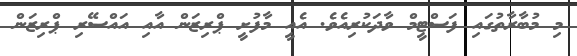
މި މުބާރާތުގައި ފަސްޓީމް ވާދަކުރިއެވެ. އެއީ މާފުށީ ޕްރިޒަން އާއި އައްސޭރި ޕްރިޒަން